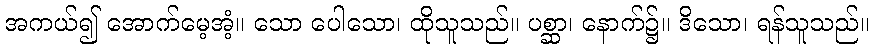
အကယ်၍ အောက်မေ့အံ့။ သော ပေါသော၊ ထိုသူသည်။ ပစ္ဆာ၊ နောက်၌။ ဒိသော၊ ရန်သူသည်။